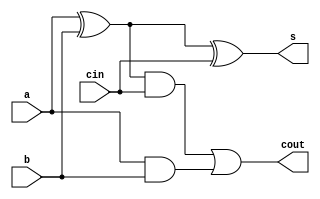
`timescale 1ns / 1ps
//////////////////////////////////////////////////////////////////////////////////
// Company: 
// Engineer: 
// 
// Design Name: 
// Module Name: FullAdd
// Project Name: 
// Target Devices: 
// Tool Versions: 
// Description: 
// 
// Dependencies: 
// 
// Revision:
// Revision 0.01 - File Created
// Additional Comments:
// 
//////////////////////////////////////////////////////////////////////////////////

module FullAdd(input a,b,cin, output s,cout);

wire w1,w2,w3,w4;

xor(w1,a,b);
xor(s,w1,cin);

and(w3,w1,cin);
and(w4,a,b);
or(cout,w3,w4);

endmodule